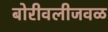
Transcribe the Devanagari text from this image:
बोरीवलीजवळ